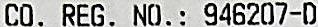
CO. REG. NO.: 946207-D